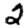
Digit: 2